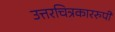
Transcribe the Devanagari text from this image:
उत्तरचित्रकाररुपी